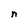
Character: n